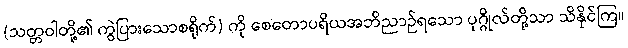
(သတ္တဝါတို့၏ ကွဲပြားသောစရိုက်) ကို စေတောပရိယအဘိညာဉ်ရသော ပုဂ္ဂိုလ်တို့သာ သိနိုင်ကြ။